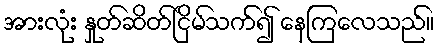
အားလုံး နှုတ်ဆိတ်ငြိမ်သက်၍ နေကြလေသည်။